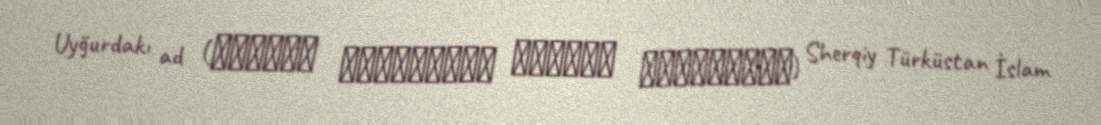
Uyğurdakı ad (شەرقىي تۈركىستان ئىسلام پارتىيىسى) Sherqiy Türküstan İslam